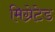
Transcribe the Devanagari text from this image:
मिग्रेटेड